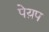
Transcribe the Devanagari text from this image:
पेय़प